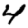
Digit: 4